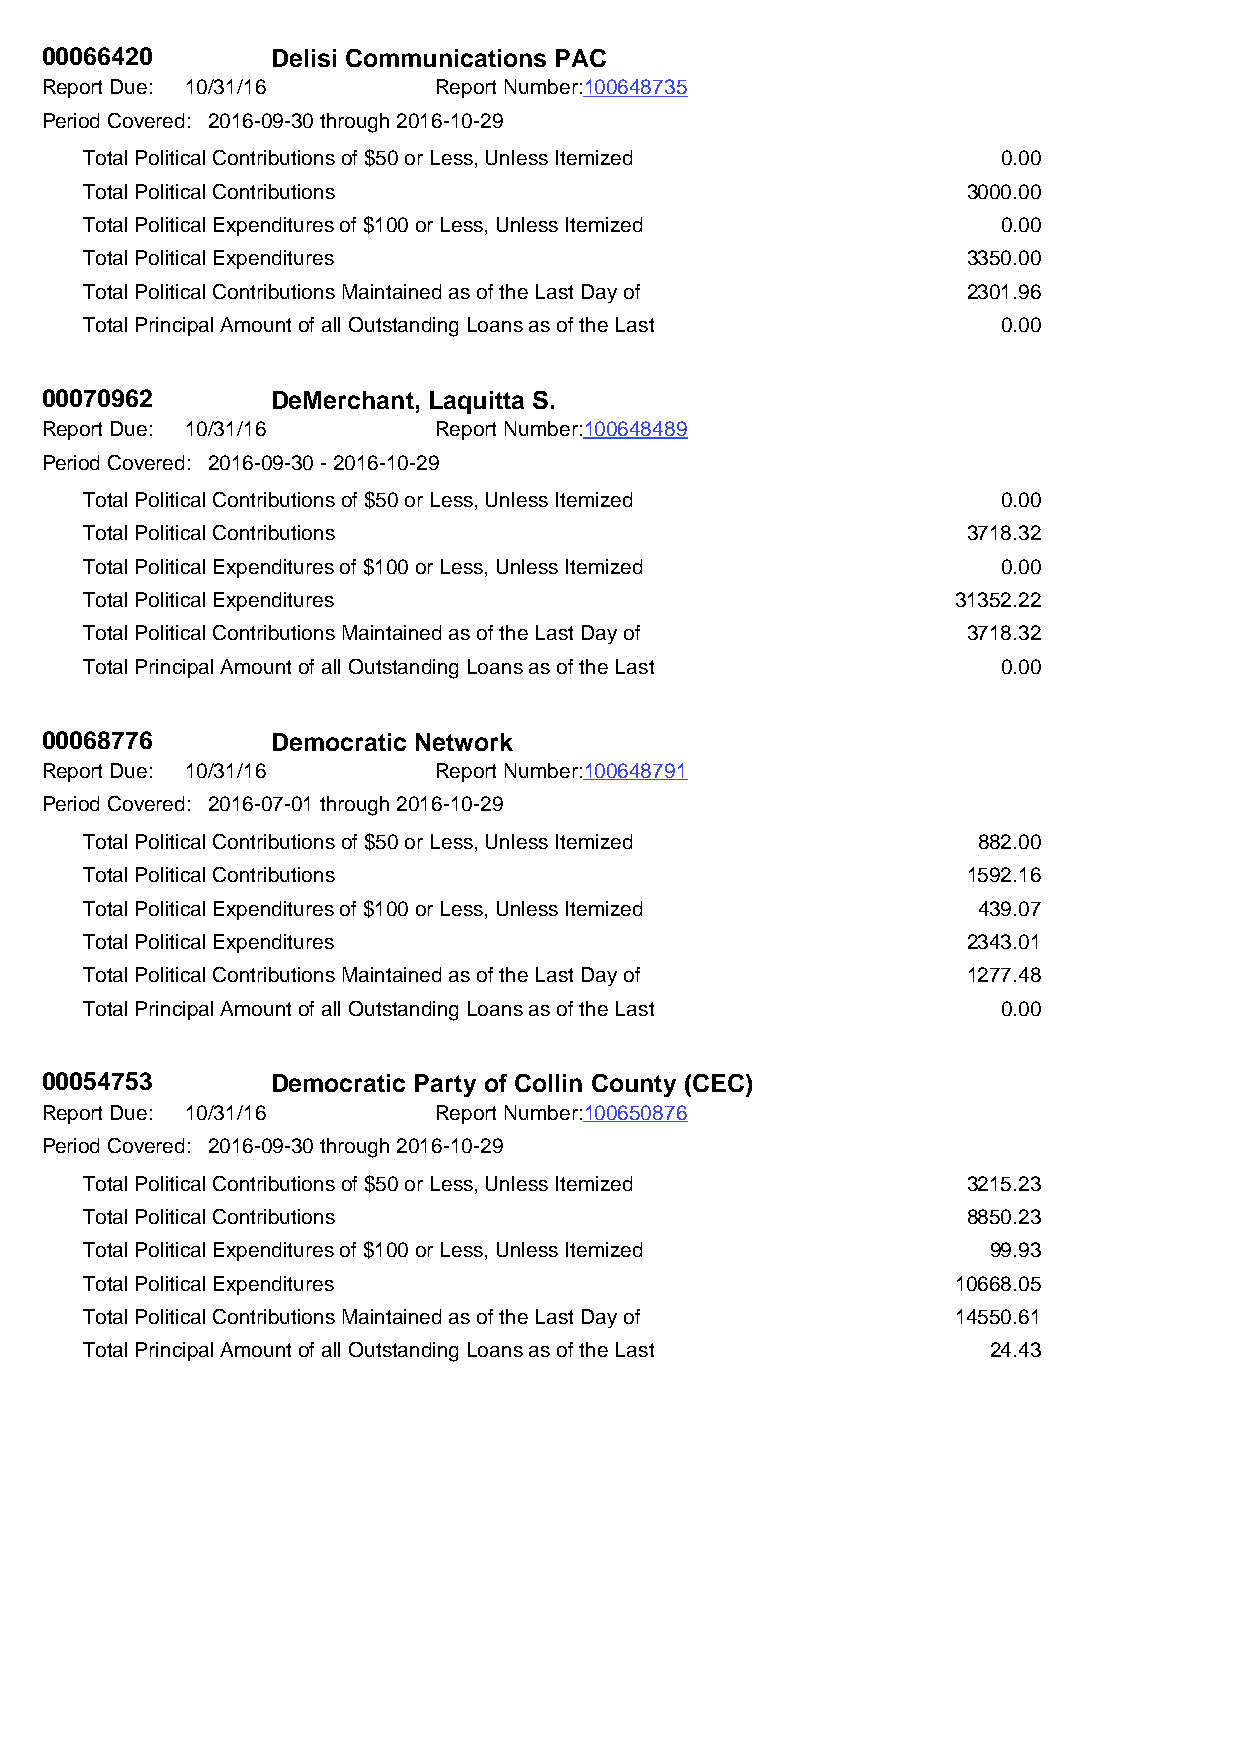
00066420       Delisi Communications PAC
 Report Due: 10/31/16      Report Number:100648735
 Period Covered: 2016-09-30 through 2016-10-29
 Total Political Contributions of $50 or Less, Unless Itemized 0.00
 Total Political Contributions                             3000.00
 Total Political Expenditures of $100 or Less, Unless Itemized 0.00
 Total Political Expenditures                              3350.00
 Total Political Contributions Maintained as of the Last Day of 2301.96
 Total Principal Amount of all Outstanding Loans as of the Last 0.00
 00070962       DeMerchant, Laquitta S.
 Report Due: 10/31/16      Report Number:100648489
 Period Covered: 2016-09-30 - 2016-10-29
 Total Political Contributions of $50 or Less, Unless Itemized 0.00
 Total Political Contributions                             3718.32
 Total Political Expenditures of $100 or Less, Unless Itemized 0.00
 Total Political Expenditures                             31352.22
 Total Political Contributions Maintained as of the Last Day of 3718.32
 Total Principal Amount of all Outstanding Loans as of the Last 0.00
 00068776       Democratic Network
 Report Due: 10/31/16      Report Number:100648791
 Period Covered: 2016-07-01 through 2016-10-29
 Total Political Contributions of $50 or Less, Unless Itemized 882.00
 Total Political Contributions                             1592.16
 Total Political Expenditures of $100 or Less, Unless Itemized 439.07
 Total Political Expenditures                              2343.01
 Total Political Contributions Maintained as of the Last Day of 1277.48
 Total Principal Amount of all Outstanding Loans as of the Last 0.00
 00054753       Democratic Party of Collin County (CEC)
 Report Due: 10/31/16      Report Number:100650876
 Period Covered: 2016-09-30 through 2016-10-29
 Total Political Contributions of $50 or Less, Unless Itemized 3215.23
 Total Political Contributions                             8850.23
 Total Political Expenditures of $100 or Less, Unless Itemized 99.93
 Total Political Expenditures                             10668.05
 Total Political Contributions Maintained as of the Last Day of 14550.61
 Total Principal Amount of all Outstanding Loans as of the Last 24.43